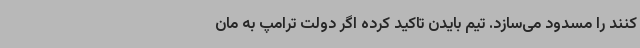
کنند را مسدود می‌سازد. تیم بایدن تاکید کرده اگر دولت ترامپ به مان